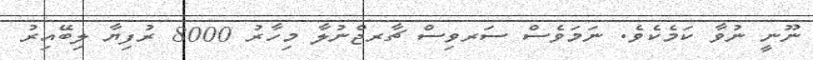
ނޫނީ ނުވާ ކަމެކެވެ. ނަމަވެސް ސަރވިސް ޗާރޖްނުލާ މިހާރު 8000 ރުފިޔާ ލިބޭއިރު